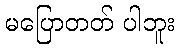
မပြောတတ် ပါဘူး